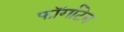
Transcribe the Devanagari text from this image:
फॉर्गाटेन